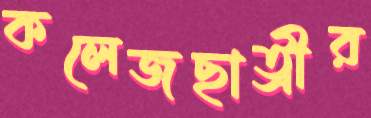
কলেজছাত্রীর